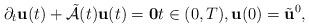
LaTeX: \begin{align*}\partial_{t} \mathbf{u}(t) + \tilde{\mathcal{A}}(t) \mathbf{u}(t) = \mathbf{0} t \in (0, T), \mathbf{u}(0) = \tilde{\mathbf{u}}^{0},\end{align*}